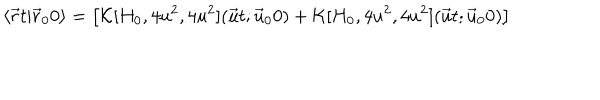
\langle \vec { r } t \vert \vec { r } _ { 0 } 0 \rangle = \bigl [ { \cal K } [ H _ { 0 } , 4 u ^ { 2 } , 4 u ^ { 2 } ] ( \vec { u } t ; \vec { u } _ { 0 } 0 ) + { \cal K } [ H _ { 0 } , 4 u ^ { 2 } , 4 u ^ { 2 } ] ( \vec { u } t ; \vec { u } _ { 0 } 0 ) \bigr ]